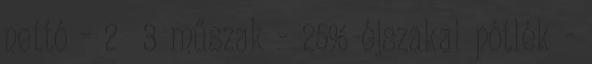
nettó - 2 3 műszak - 25% éjszakai pótlék -